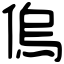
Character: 𠌥